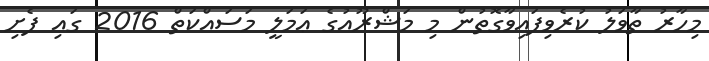
މިހާރު ތާވަލު ކުރެވިފައިވާގޮތުން މި މަޝްރޫއުގެ ޢަމަލީ މަސައްކަތް 2016 ގައި ފެށި